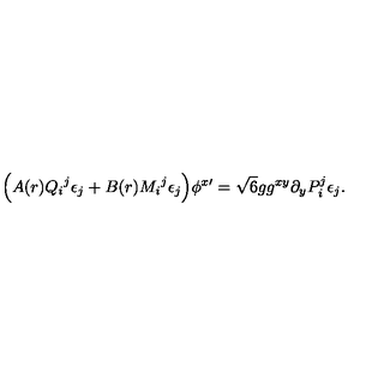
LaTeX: \Big ( A ( r ) { Q _ { i } } ^ { j } \epsilon _ { j } + B ( r ) { M _ { i } } ^ { j } \epsilon _ { j } \Big ) \phi ^ { x \prime } = \sqrt { 6 } g g ^ { x y } \partial _ { y } P _ { i } ^ { j } \epsilon _ { j } .